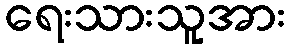
ရေးသားသူအား